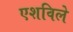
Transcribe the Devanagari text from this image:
एशविले